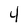
Character: 4